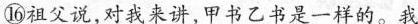
⑯祖父说，对我来讲，甲书乙书是一样的。我